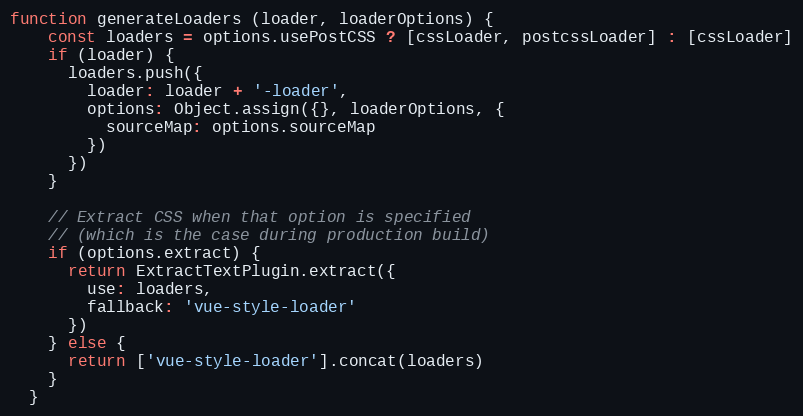
Language: JavaScript
function generateLoaders (loader, loaderOptions) {
    const loaders = options.usePostCSS ? [cssLoader, postcssLoader] : [cssLoader]
    if (loader) {
      loaders.push({
        loader: loader + '-loader',
        options: Object.assign({}, loaderOptions, {
          sourceMap: options.sourceMap
        })
      })
    }

    // Extract CSS when that option is specified
    // (which is the case during production build)
    if (options.extract) {
      return ExtractTextPlugin.extract({
        use: loaders,
        fallback: 'vue-style-loader'
      })
    } else {
      return ['vue-style-loader'].concat(loaders)
    }
  }